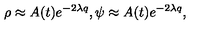
\rho \approx A ( t ) e ^ { - 2 \lambda q } , \psi \approx A ( t ) e ^ { - 2 \lambda q } ,